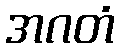
အဂတံ